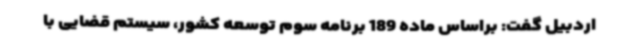
اردبیل گفت: براساس ماده 189 برنامه سوم توسعه کشور، سیستم قضایی با